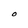
Character: O